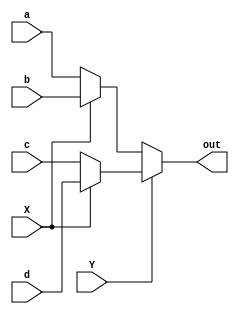
module mux4to1 (input a, 
				input b, 
				input c, 
				input d, 
				input X, Y,
				output out); 

  assign out = Y ? (X ? d : c) : (X ? b : a); 

endmodule